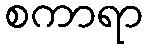
စကာရာ